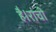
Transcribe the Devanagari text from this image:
है।रांची